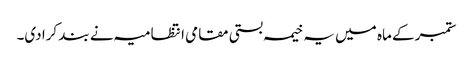
ستمبر کے ماہ میں یہ خیمہ بستی مقامی انتظامیہ نے بند کرا دی۔